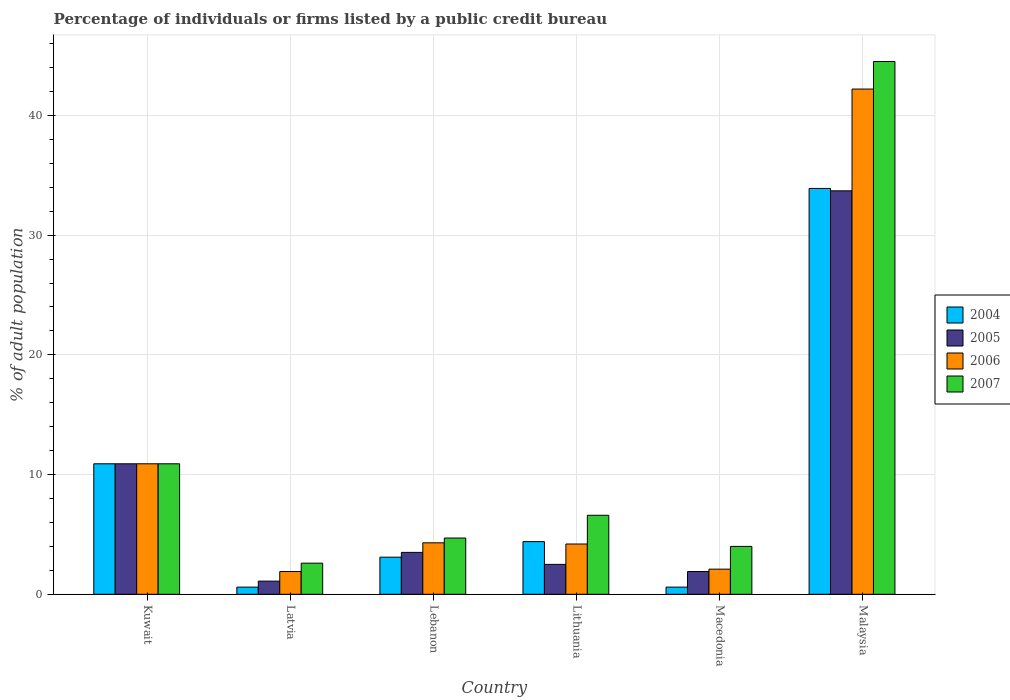
| Country | 2004 | 2005 | 2006 | 2007 |
 | --- | --- | --- | --- | --- |
 | Kuwait | 10.9 | 10.9 | 10.9 | 10.9 |
 | Latvia | 0.6 | 1.1 | 1.9 | 2.6 |
 | Lebanon | 3.1 | 3.5 | 4.3 | 4.7 |
 | Lithuania | 4.4 | 2.5 | 4.2 | 6.6 |
 | Macedonia | 0.6 | 1.9 | 2.1 | 4 |
 | Malaysia | 33.9 | 33.7 | 42.2 | 44.5 |